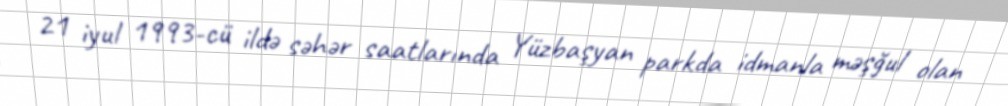
21 iyul 1993-cü ildə səhər saatlarında Yüzbaşyan parkda idmanla məşğul olan